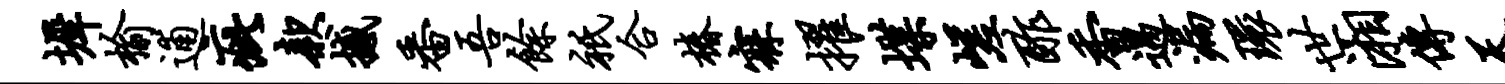
墀榆逋疵款撼番吾余只合椿寐擢堞嵯酢香遇漏环世湘传天